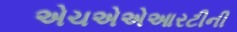
એચએએઆરટીની